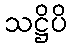
သဋ္ဌိပိ